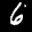
Label: 6